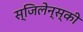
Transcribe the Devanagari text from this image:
स्जिलेन्स्की